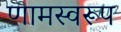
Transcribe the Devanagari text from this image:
णामस्वरूप